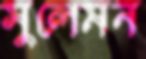
সুলেমন